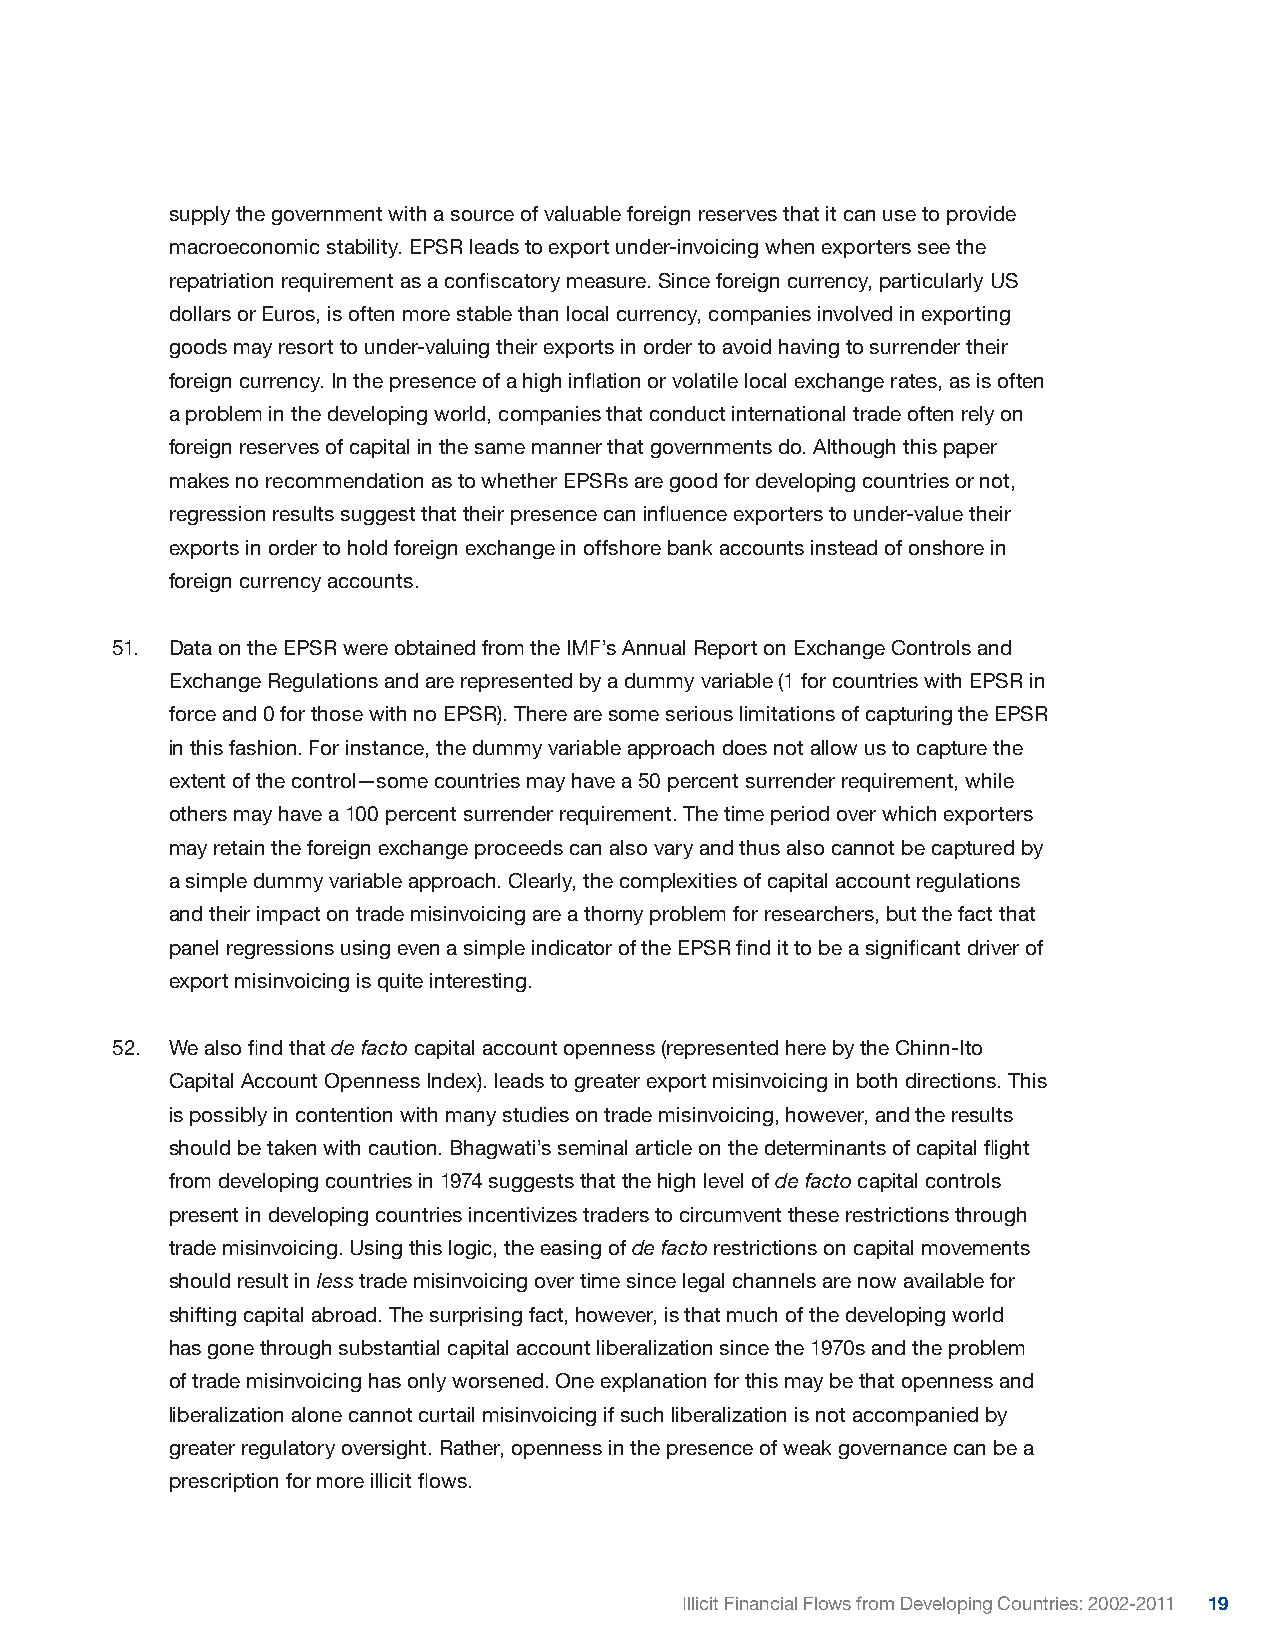
supply the government with a source of valuable foreign reserves that it can use to provide
 macroeconomic stability. EPSR leads to export under-invoicing when exporters see the
 repatriation requirement as a confiscatory measure. Since foreign currency, particularly US
 dollars or Euros, is often more stable than local currency, companies involved in exporting
 goods may resort to under-valuing their exports in order to avoid having to surrender their
 foreign currency. In the presence of a high inflation or volatile local exchange rates, as is often
 a problem in the developing world, companies that conduct international trade often rely on
 foreign reserves of capital in the same manner that governments do. Although this paper
 makes no recommendation as to whether EPSRs are good for developing countries or not,
 regression results suggest that their presence can influence exporters to under-value their
 exports in order to hold foreign exchange in offshore bank accounts instead of onshore in
 foreign currency accounts.
 51. Data on the EPSR were obtained from the IMF’s Annual Report on Exchange Controls and
 Exchange Regulations and are represented by a dummy variable (1 for countries with EPSR in
 force and 0 for those with no EPSR). There are some serious limitations of capturing the EPSR
 in this fashion. For instance, the dummy variable approach does not allow us to capture the
 extent of the control—some countries may have a 50 percent surrender requirement, while
 others may have a 100 percent surrender requirement. The time period over which exporters
 may retain the foreign exchange proceeds can also vary and thus also cannot be captured by
 a simple dummy variable approach. Clearly, the complexities of capital account regulations
 and their impact on trade misinvoicing are a thorny problem for researchers, but the fact that
 panel regressions using even a simple indicator of the EPSR find it to be a significant driver of
 export misinvoicing is quite interesting.
 52. We also find that de facto capital account openness (represented here by the Chinn-Ito
 Capital Account Openness Index). leads to greater export misinvoicing in both directions. This
 is possibly in contention with many studies on trade misinvoicing, however, and the results
 should be taken with caution. Bhagwati’s seminal article on the determinants of capital flight
 from developing countries in 1974 suggests that the high level of de facto capital controls
 present in developing countries incentivizes traders to circumvent these restrictions through
 trade misinvoicing. Using this logic, the easing of de facto restrictions on capital movements
 should result in less trade misinvoicing over time since legal channels are now available for
 shifting capital abroad. The surprising fact, however, is that much of the developing world
 has gone through substantial capital account liberalization since the 1970s and the problem
 of trade misinvoicing has only worsened. One explanation for this may be that openness and
 liberalization alone cannot curtail misinvoicing if such liberalization is not accompanied by
 greater regulatory oversight. Rather, openness in the presence of weak governance can be a
 prescription for more illicit flows.
 Illicit Financial Flows from Developing Countries: 2002-2011 19